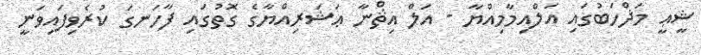
ޝީޢީ މަޛްހަބުގައި އަލްއިމާމިއްޔާ - އަލް އިޘްނާ ޢަޝަރިއްޔާގެ ގޮތުގައި ފާހަނގަ ކުރެވިފައިވަނީ